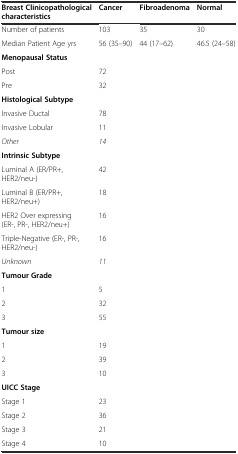
<table><thead><tr><td><b>Breast Clinicopathological characteristics</b></td><td><b>Cancer</b></td><td><b>Fibroadenoma</b></td><td><b>Normal</b></td></tr></thead><tbody><tr><td>Number of patients</td><td>103</td><td>35</td><td>30</td></tr><tr><td>Median Patient Age yrs</td><td>56 (35–90)</td><td>44 (17–62)</td><td>46.5 (24–58)</td></tr><tr><td><b>Menopausal Status</b></td><td></td><td></td><td></td></tr><tr><td>Post</td><td>72</td><td></td><td></td></tr><tr><td>Pre</td><td>32</td><td></td><td></td></tr><tr><td><b>Histological Subtype</b></td><td></td><td></td><td></td></tr><tr><td>Invasive Ductal</td><td>78</td><td></td><td></td></tr><tr><td>Invasive Lobular</td><td>11</td><td></td><td></td></tr><tr><td><i>Other</i></td><td><i>14</i></td><td></td><td></td></tr><tr><td><b>Intrinsic Subtype</b></td><td></td><td></td><td></td></tr><tr><td>Luminal A (ER/PR+, HER2/neu-)</td><td>42</td><td></td><td></td></tr><tr><td>Luminal B (ER/PR+, HER2/neu+)</td><td>18</td><td></td><td></td></tr><tr><td>HER2 Over expressing (ER-, PR-, HER2/neu+)</td><td>16</td><td></td><td></td></tr><tr><td>Triple-Negative (ER-, PR-, HER2/neu-)</td><td>16</td><td></td><td></td></tr><tr><td><i>Unknown</i></td><td><i>11</i></td><td></td><td></td></tr><tr><td><b>Tumour Grade</b></td><td></td><td></td><td></td></tr><tr><td>1</td><td>5</td><td></td><td></td></tr><tr><td>2</td><td>32</td><td></td><td></td></tr><tr><td>3</td><td>55</td><td></td><td></td></tr><tr><td><b>Tumour size</b></td><td></td><td></td><td></td></tr><tr><td>1</td><td>19</td><td></td><td></td></tr><tr><td>2</td><td>39</td><td></td><td></td></tr><tr><td>3</td><td>10</td><td></td><td></td></tr><tr><td><b>UICC Stage</b></td><td></td><td></td><td></td></tr><tr><td>Stage 1</td><td>23</td><td></td><td></td></tr><tr><td>Stage 2</td><td>36</td><td></td><td></td></tr><tr><td>Stage 3</td><td>21</td><td></td><td></td></tr><tr><td>Stage 4</td><td>10</td><td></td><td></td></tr></tbody></table>